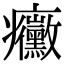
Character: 𭼼